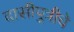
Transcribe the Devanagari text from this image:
दासीपुत्रीचे